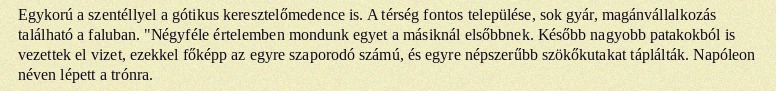
Egykorú a szentéllyel a gótikus keresztelőmedence is. A térség fontos települése, sok gyár, magánvállalkozás található a faluban. "Négyféle értelemben mondunk egyet a másiknál elsőbbnek. Később nagyobb patakokból is vezettek el vizet, ezekkel főképp az egyre szaporodó számú, és egyre népszerűbb szökőkutakat táplálták. Napóleon néven lépett a trónra.